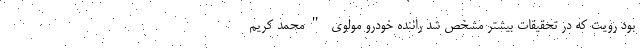
بود رویت که در تحقیقات بیشتر مشخص شد راننده خودرو مولوی "محمد کریم